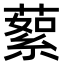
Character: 蕠